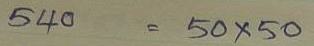
540 = 50 x 50